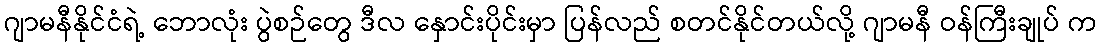
ဂျာမနီနိုင်ငံရဲ့ ဘောလုံး ပွဲစဉ်တွေ ဒီလ နှောင်းပိုင်းမှာ ပြန်လည် စတင်နိုင်တယ်လို့ ဂျာမနီ ဝန်ကြီးချုပ် က